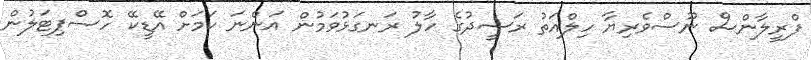
ފްރީލާންސް ނޫސްވެރިޔާ ހިލްއަތު ރަޝީދުގެ ހާލު ރަނގަޅުވަމުން އަންނަ ކަމަށް އޭޑީކޭ ހޮސްޕިޓަލުން